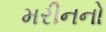
મરીનનો